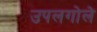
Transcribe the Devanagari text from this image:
उपलगोले